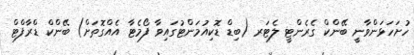
ހުށަހަޅަންވާނީ ބޭންކް ގެރެންޓީ ލެޓަރ (ބިޑް ޑޮކިއުމަންޓުގައިވާ ފޯމެޓާ އެއްގޮތަށް) ބޭންކް ޑްރާފްޓް